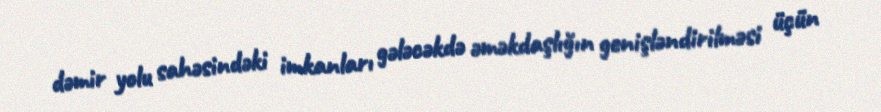
dəmir yolu sahəsindəki imkanları gələcəkdə əməkdaşlığın genişləndirilməsi üçün